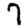
Digit: 7